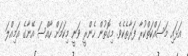
އަޅައި މަސައްކަތްކުރާ ފަރާތެކެވެ. މިގޮތުން ހެންރީ ވަނީ މިކަމަށް ހާއްސަ އޭނާގެ އަމިއްލަ